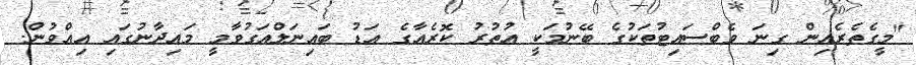
"މީގެތެރެއިން ގިނަ ވެބްސައިޓުތަކުގެ ބޭނުމަކީ އުތުރު ކޮރެއާގެ އަޑު ބައިނަލްއަގުވާމީ މައިދާނުގައި އިއްވުން.